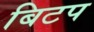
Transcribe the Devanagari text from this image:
बिटप